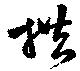
拱